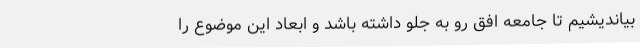
بیاندیشیم تا جامعه افق رو به جلو داشته باشد و ابعاد این موضوع را